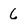
Character: 6